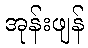
အုန်းဖျန်